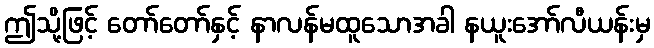
ဤသို့ဖြင့် တော်တော်နှင့် နာလန်မထူသောအခါ နယူးအော်လီယန်းမှ